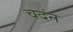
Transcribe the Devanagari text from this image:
चदंन